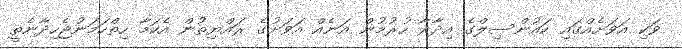
ވަކި އަވަށެއްގައި ކައުންސިލްގެ އިދާރާ ހުރުމުން އަނެއް އަވަށުގެ ރައްޔިތުން އެކަމާ ހިތްހަމަނުޖެހިދާނެތީ